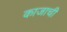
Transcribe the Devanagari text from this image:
काजाची